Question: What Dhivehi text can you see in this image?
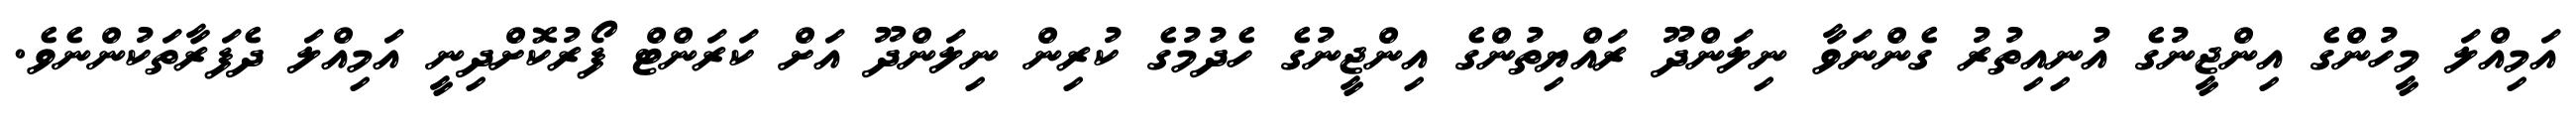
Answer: އަމިއްލަ މީހުންގެ އިންޖީނުގެ އުނިއިތުރު ގެންނަވާ ނިލަންދޫ ރައްޔިތުންގެ އިންޖީނުގެ ހެދުމުގެ ކުރިން ނިލަންދޫ އަށް ކަރަންޓް ފޯރުކޮށްދިނީ އަމިއްލަ ދެފަރާތަކުންނެވެ.